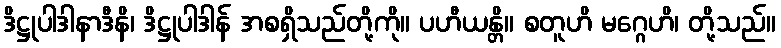
ဒိဋ္ဌုပါဒါနာဒီနိ၊ ဒိဋ္ဌုပါဒါန် အစရှိသည်တို့ကို။ ပဟီယန္တိ။ စတူဟိ မဂ္ဂေဟိ၊ တို့သည်။